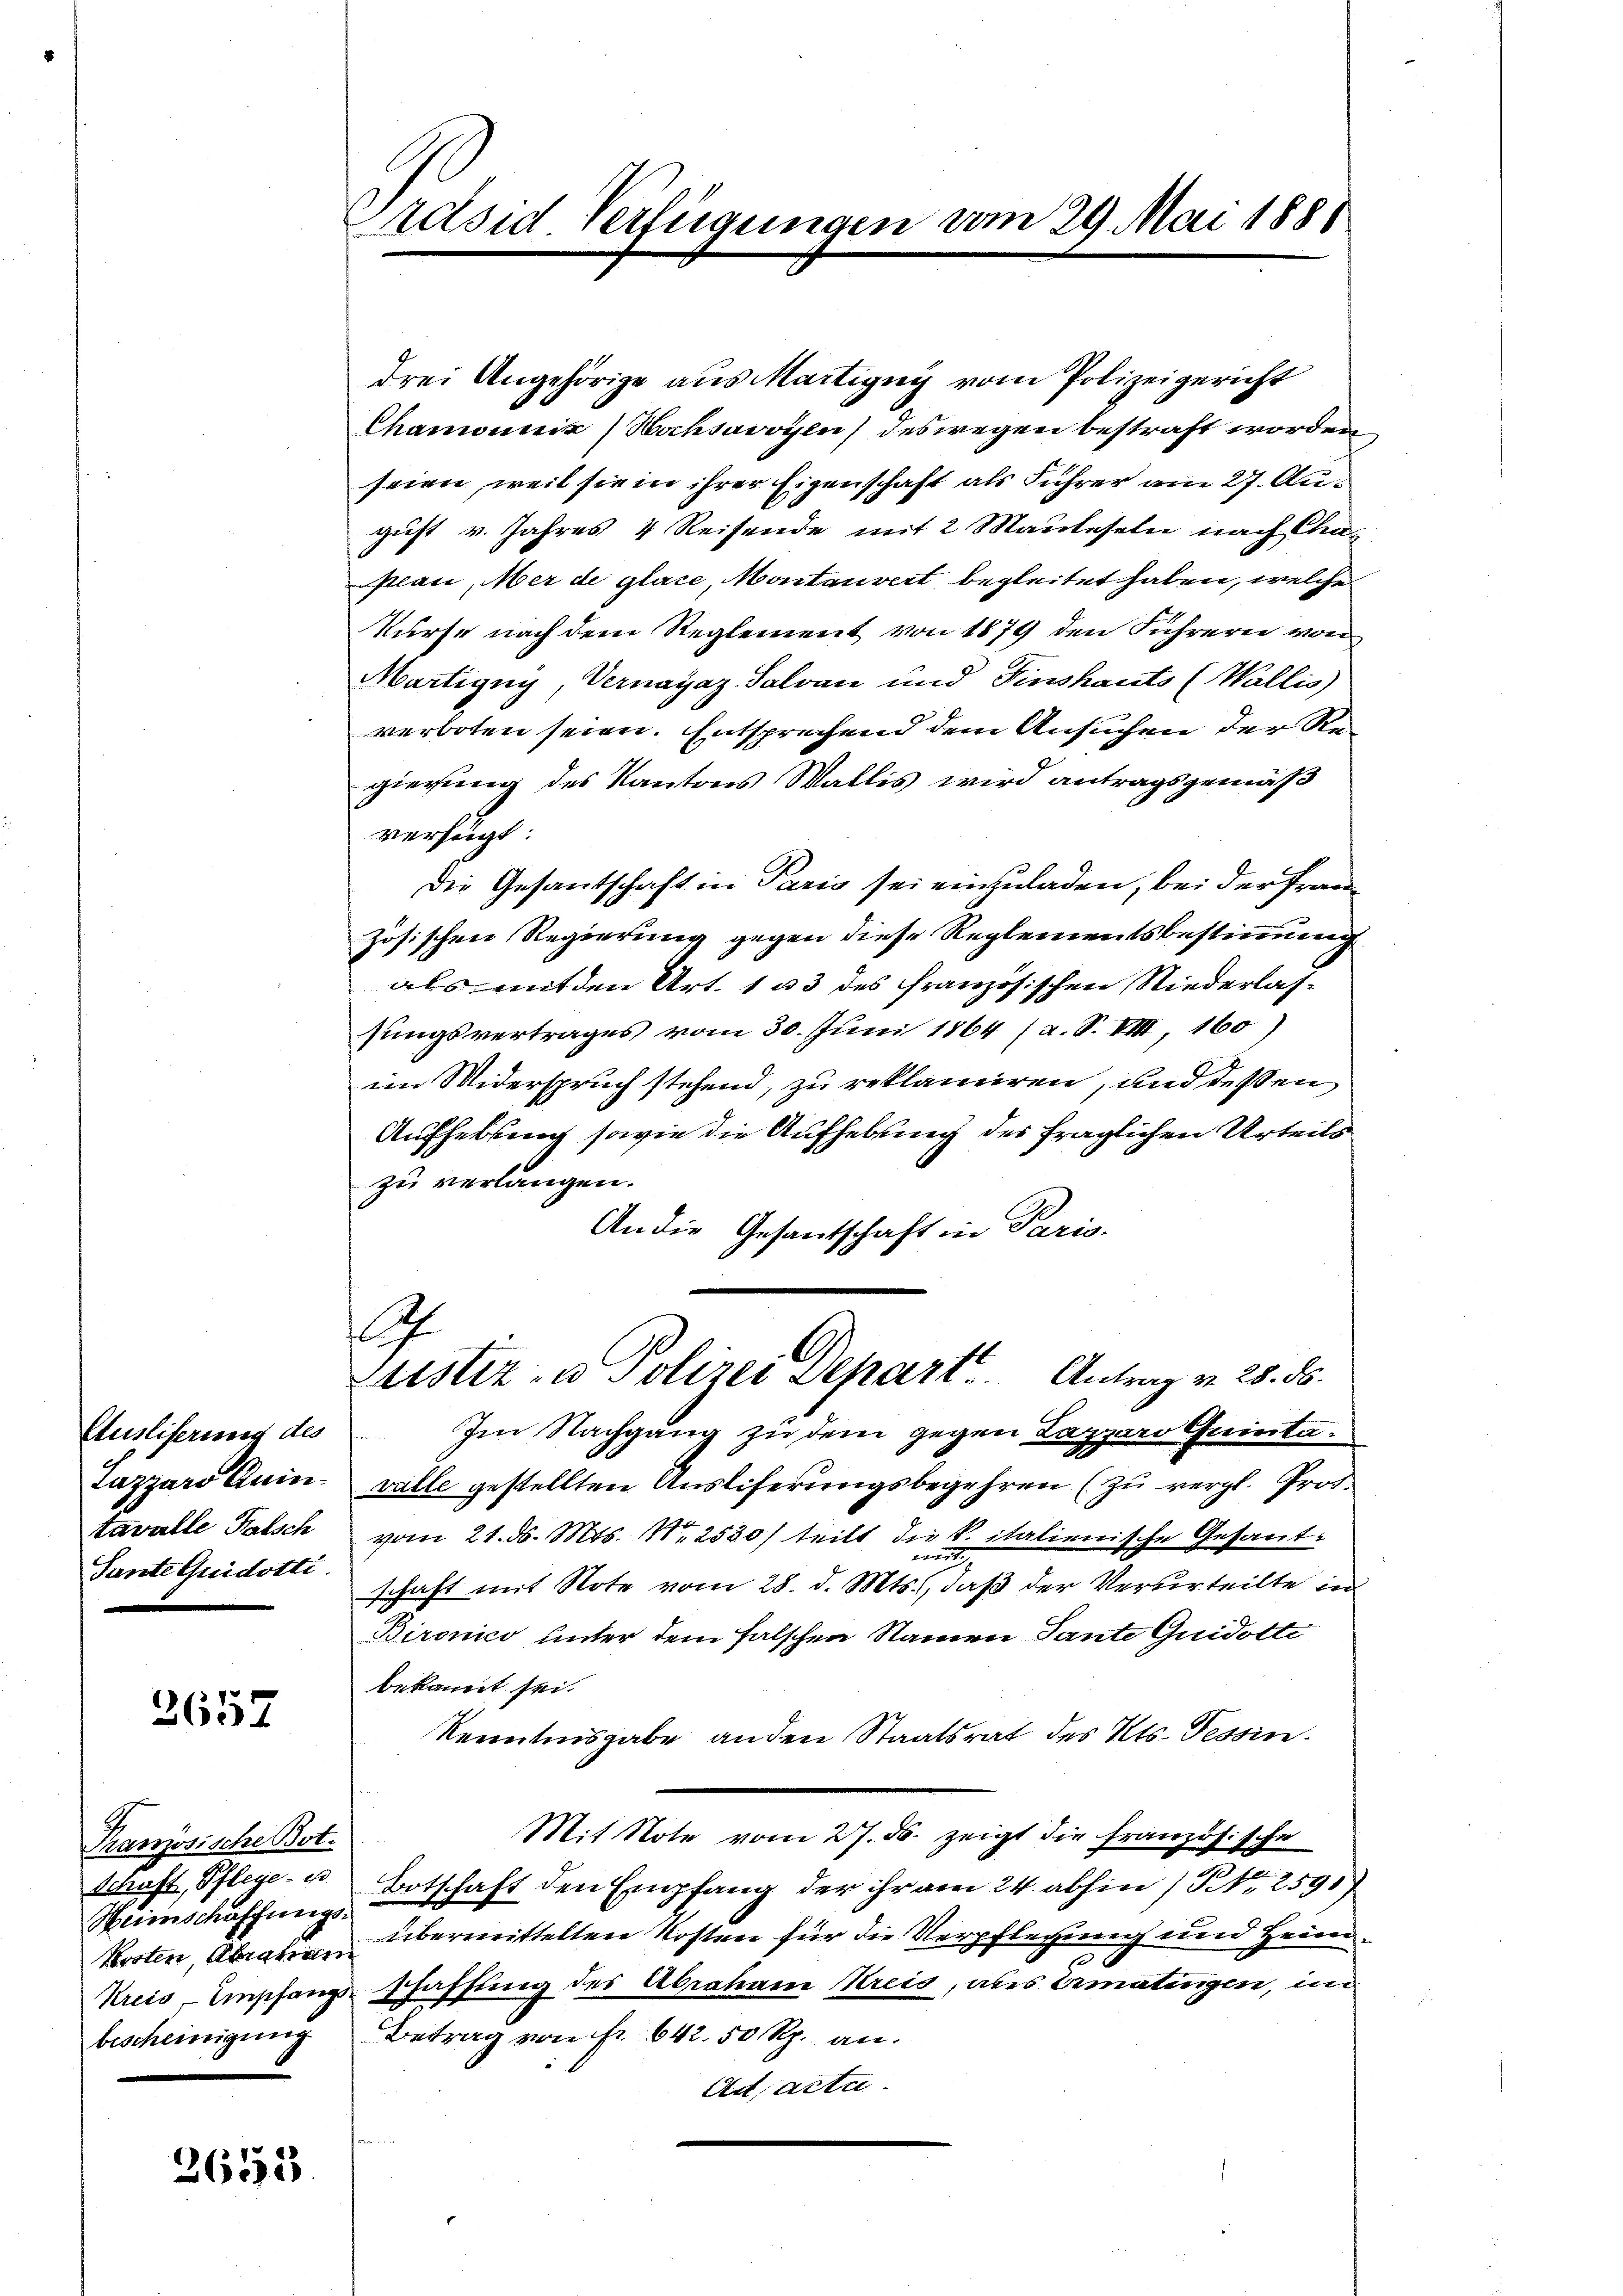
Tante Guidotti.

2657

Tranzösische Bot.
Weinschaffungs-
Vorsten, Abratram

2653

Présid Verfügungen vom 29. Mai 1888

drei Angehörige aus Martigny vom Polizeigericht
Chamoniik) Hochsavoyen) deswegen bestraft worden
seien, weil sie in ihrer Eigenschaft als Führer am 27. August v. Jahres 4 Reisende mit 2 Manteseln nach Chaplan, Mer de glace, Montanvert begleitet haben, welche
kurse nach dem Reglement von 1879 den Führern von
Martigny, Vernayaz. Salvan und Finshauts (Wallis
verboten seien. Entsprechend dem Ansuchen der Regierung des Kantons Wallis wird antragsgemäß
verfügt:
Die Gesantschaft in Paris sei einzuladen, bei der Französischen Regierung gegen diese Reglementsbestimmung
als mit den Art. 133 des französischen Niederlassungsvertrages vom 30. Juni 1864 (a. S. VIII, 160)
im Widerspruch stehend, zu reklamiren, und deßen
Aufhebung sowie die Aufhebung des fraglichen Urteils
zu verlangen.
An die Gesantschaft in Paris
.
Zustiz- u Polizei Depart. Antrag v. 28. ds.
Ausliserung des Im Nachgang zu dem gegen Lapparo Quinta¬
Luzzárd Anin. vatte gestellten Ausliferungsbegehren (zu vergl. Prof.
tavalle Patsch vom 21. ds. Mts. 1 2530/ teilt die k. italienische Gesandschaft mit Note vom 28. d. Mts., daß der Verurteilte in
Bironico unter dem falschen Namen Tante Quidotte
bekannt sei.
kenntnisgabe anden Staatsrat des Kts. Tessin.
Mit Note vom 27. ds. zeigt die französische
Schaft, Pflege- u Botschaft den Empfang der ihr am 24. abhin 1 S. 2591)
übermittelten Kosten für die Verpflegung und Heim¬
Kreis, Empfangschaffung des Abrahane Kreis, als Ermatingen, im
bescheinigŭng Betrag von fr. 642. 50 Rp. an.
Act, acte.